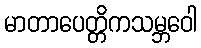
မာတာပေတ္တိကသမ္ဘဝေါ